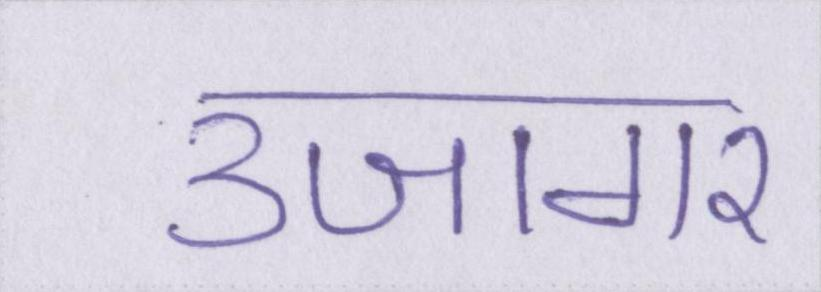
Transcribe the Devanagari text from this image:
उजागर